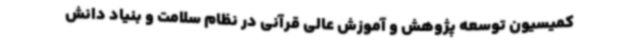
کمیسیون توسعه پژوهش و آموزش عالی قرآنی در نظام سلامت و بنیاد دانش